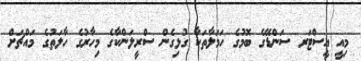
މިއީ އީސްޓަރ ސަންޑޭގެ ބޮމުގެ ހަމަލާތަކާ ގުޅިގެން ސްރީލަންކާގެ މިހާރުގެ ހާލަތުގެ މައްޗަށް